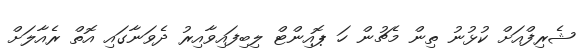
ޝެރިފްއަށް ކުޅުނު ތިން މެޗުން ހަ ޕޮއިންޓް ލިބިފައިވާއިރު ދެވަނާގައި އޮތް ރެއާލަށް